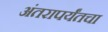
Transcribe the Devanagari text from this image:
अंतरापर्यंतचा